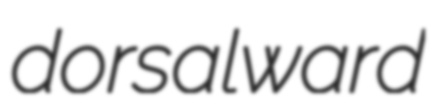
dorsalward